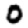
Digit: 0